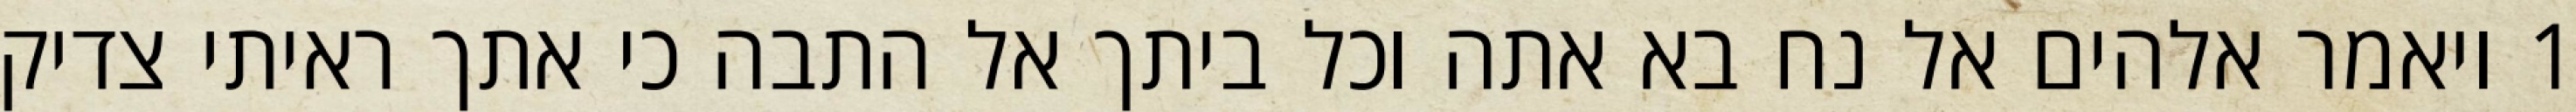
1 ויאמר אלהים אל נח בא אתה וכל ביתך אל התבה כי אתך ראיתי צדיק